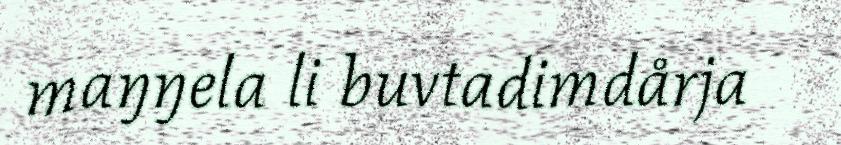
maŋŋela li buvtadimdårja